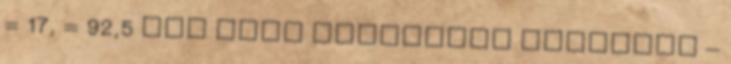
= 17, = 92,5 per cent renewable energies –